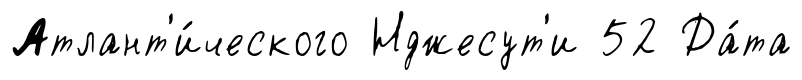
Атлант'и́ческого Нджесут'и 52 Да́та